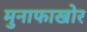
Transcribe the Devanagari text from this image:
मुनाफाखोर